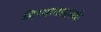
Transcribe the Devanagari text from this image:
मिथ्यावादनके